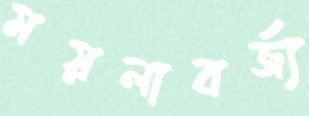
ময়লাবর্জ্য